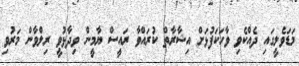
މަޑަވެލީގައި ދެއްކެވި ވާހަކަފުޅަށް އިޝާރާތް ކުރައްވާ ރައީސް ޔާމީން ވިދާޅުވީ ރިލްވާން މަރުވި